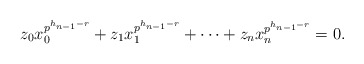
\begin{align*}z_0x_0^{p^{h_{n-1}-r}}+z_1x_1^{p^{h_{n-1}-r}}+\cdots+z_nx_n^{p^{h_{n-1}-r}}=0.\end{align*}